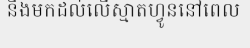
នឹងមកដល់លើស្មាតហ្វូននៅពេល